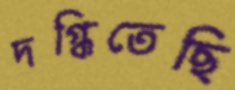
দগ্ধিতেছি